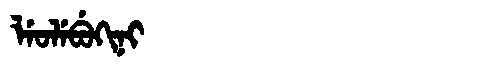
Manchu: ᠯᡝᠣᠯᡝᠪᡠᡴᡳᠨᡳ
Romanization: LEOLEBUKINI